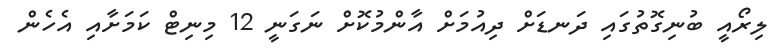
ލިރޯއީ ބުނިގޮތުގައި ދަނޑަށް ދިއުމަށް އާންމުކޮށް ނަގަނީ 12 މިނިޓް ކަމަށާއި އެހެން